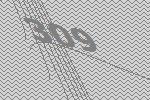
309